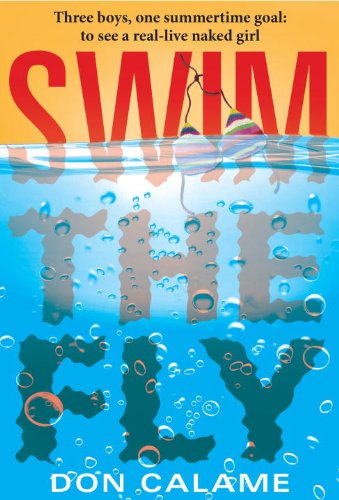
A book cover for Swim the Fly; Don Calame; Teen & Young Adult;